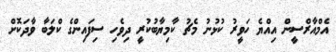
އެމްއާރްސީން އިއްޔެ ހަވީރު ކުޅުނު މެޗު ކާމިޔާބުކުރީ ދިވެހި ސިފައިންގެ ކްލަބާ ވާދަކޮށް